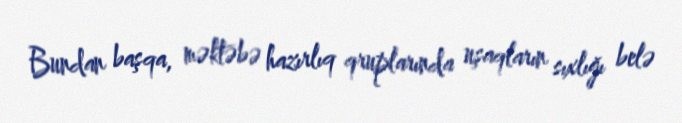
Bundan başqa, məktəbə hazırlıq qruplarında uşaqların sıxlığı belə